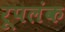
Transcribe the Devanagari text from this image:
रूपलंक